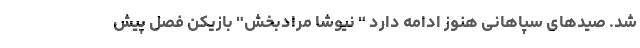
شد. صیدهای سپاهانی هنوز ادامه دارد " نیوشا مرادبخش" بازیکن فصل پیش